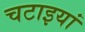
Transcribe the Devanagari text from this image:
चटाइयां